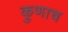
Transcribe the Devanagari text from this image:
कुणाच